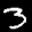
Digit: 3